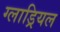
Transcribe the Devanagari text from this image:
ग्लाड्रियल